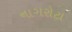
નાગરોટા